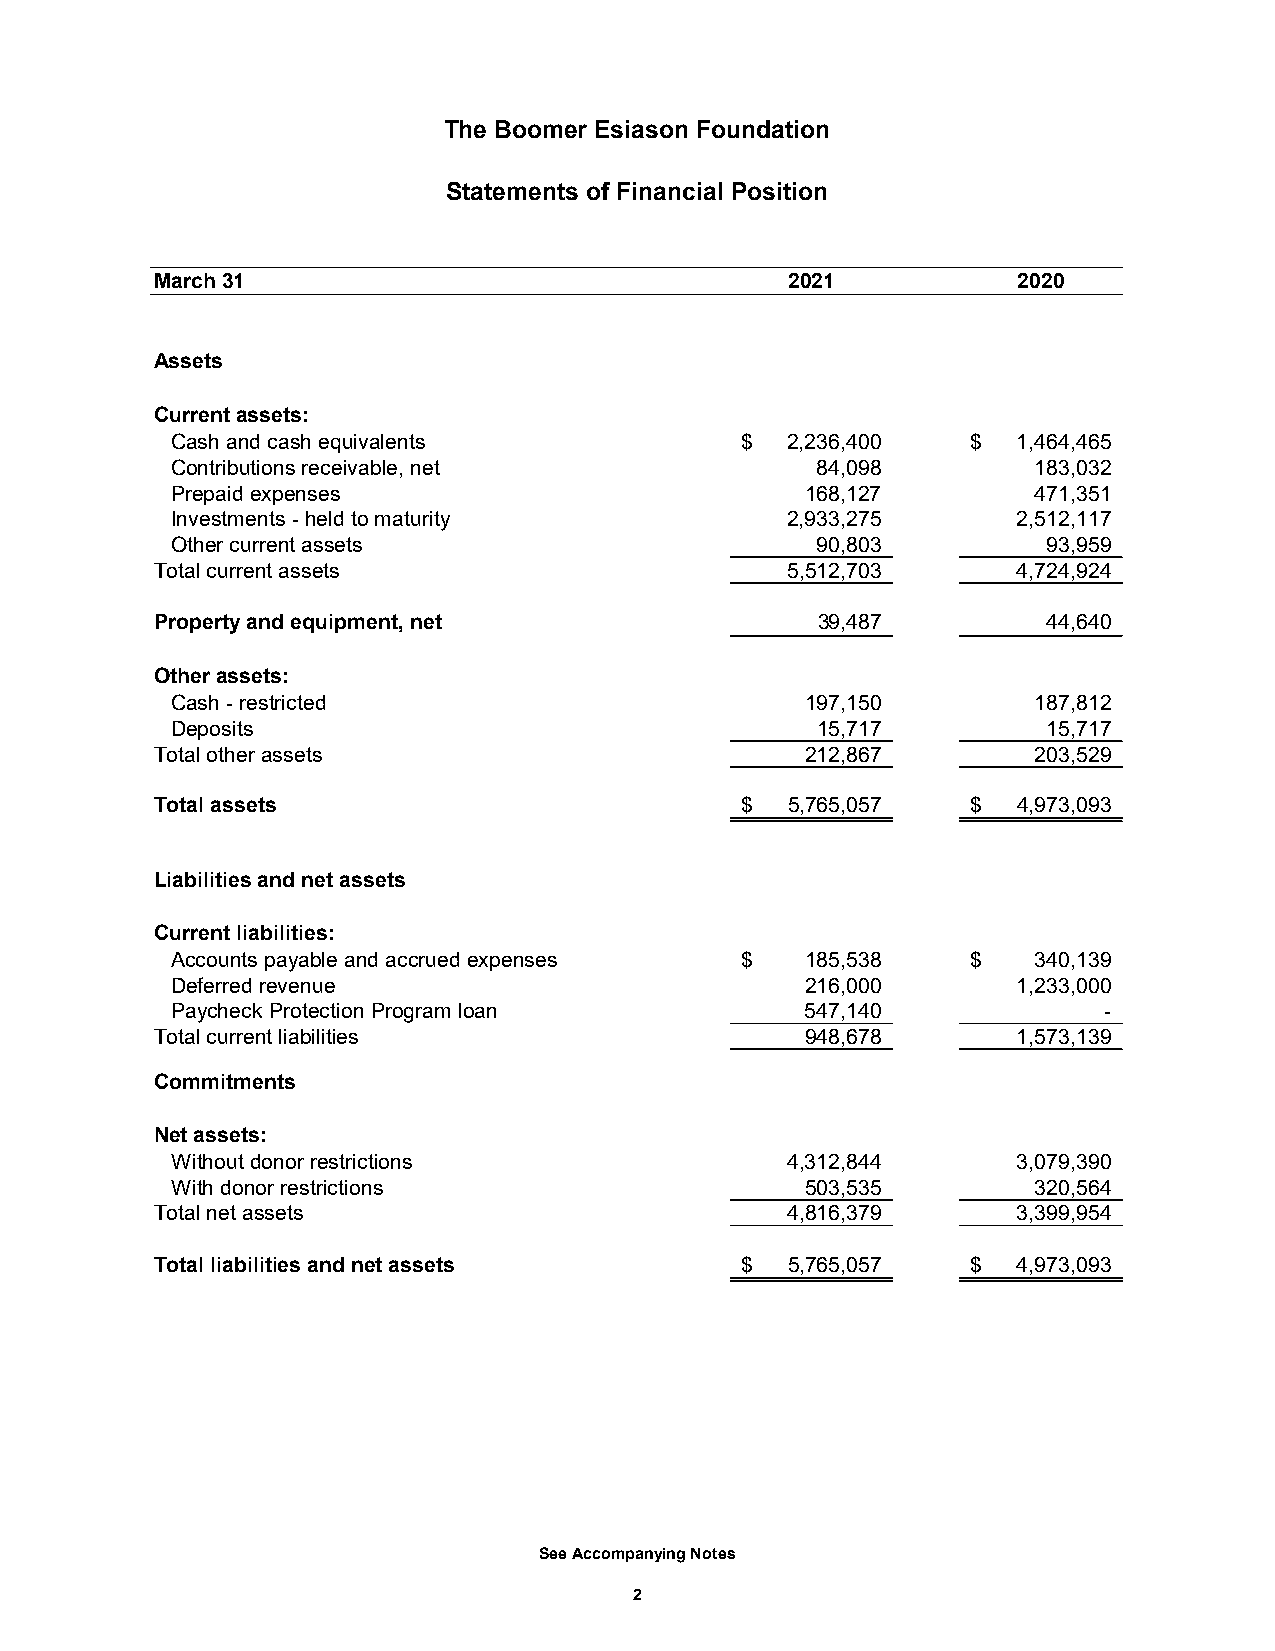
The Boomer Esiason Foundation
 Statements of Financial Position
 March 31                                  2021           2020
 Assets
 Current assets:
 Cash and cash equivalents             $  2 ,236,400  $  1 ,464,465
 Contributions receivable, net              84,098         183,032
 Prepaid expenses                          168,127         471,351
 Investments - held to maturity           2,933,275      2,512,117
 Other current assets                       90,803         93,959
 Total current assets                      5,512,703      4,724,924
 Property and equipment, net                 39,487         44,640
 Other assets:
 Cash - restricted                         197,150         187,812
 Deposits                                   15,717         15,717
 Total other assets                         212,867         203,529
 Total assets                           $  5 ,765,057  $  4 ,973,093
 Liabilities and net assets
 Current liabilities:
 Accounts payable and accrued expenses $   185,538    $    340,139
 Deferred revenue                          216,000       1,233,000
 Paycheck Protection Program loan          547,140             -
 Total current liabilities                  948,678       1,573,139
 Commitments
 Net assets:
 Without donor restrictions               4,312,844      3,079,390
 With donor restrictions                   503,535         320,564
 Total net assets                          4,816,379      3,399,954
 Total liabilities and net assets       $  5 ,765,057  $  4 ,973,093
 See Accompanying Notes
 2